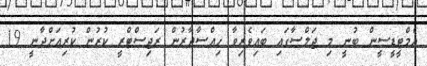
އެމްޓީޑީސީން ބުނީ މި ޖަލްސާގައި ބައިވެރިވާ ހިއްސާދާރުން ރަޖިސްޓްރީ ކުރުން ކުރިއަށްދާނީ 19